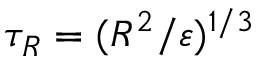
\tau _ { { R } } = ( { R } ^ { 2 } / \varepsilon ) ^ { 1 / 3 }